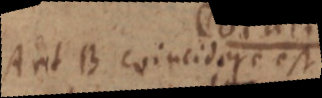
A et B coincidere est